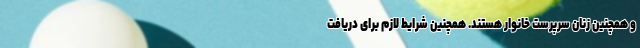
و همچنین زنان سرپرست خانوار هستند. همچنین شرایط لازم برای دریافت